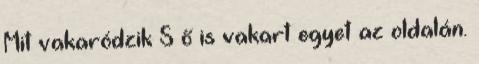
Mit vakaródzik S ő is vakart egyet az oldalán.